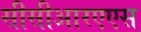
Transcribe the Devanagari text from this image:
सीसीआरएएस